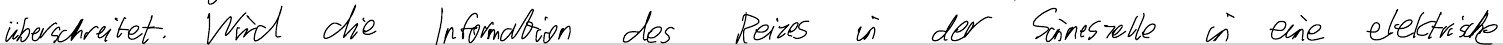
überschreitet. Wird die Information des Reizes in der Sinneszelle in eine elektrische